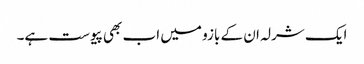
ایک شرلہ ان کے بازو میں اب بھی پیوست ہے۔